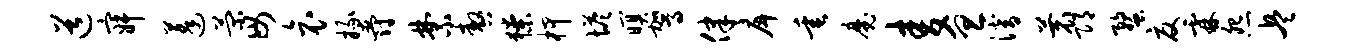
道寂蓬菊毋哀掾爵禁嗷獠柙塔暝驾律戽垂魔麦旦潜蓑邛蝥夏霖怨兵